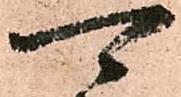
可